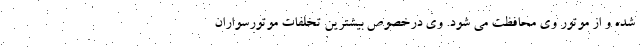
شده و از موتور وی محافظت می شود. وی درخصوص بیشترین تخلفات موتورسواران